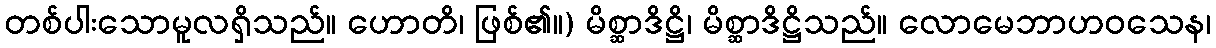
တစ်ပါးသောမူလရှိသည်။ ဟောတိ၊ ဖြစ်၏။) မိစ္ဆာဒိဋ္ဌိ၊ မိစ္ဆာဒိဋ္ဌိသည်။ လောမေဘာဟဝသေန၊